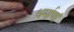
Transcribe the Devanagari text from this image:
धर्माणां